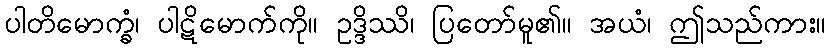
ပါတိမောက္ခံ၊ ပါဋိမောက်ကို။ ဥဒ္ဒိဿိ၊ ပြတော်မူ၏။ အယံ၊ ဤသည်ကား။